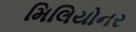
મિલિયોનર